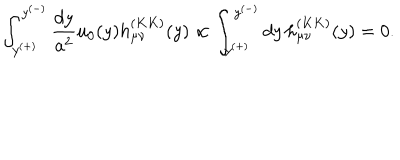
LaTeX: \int _ { y ^ { ( + ) } } ^ { y ^ { ( - ) } } { \frac { d y } { a ^ { 2 } } } u _ { 0 } ( y ) h _ { \mu \nu } ^ { ( K K ) } ( y ) \propto \int _ { y ^ { ( + ) } } ^ { y ^ { ( - ) } } d y \, h _ { \mu \nu } ^ { ( K K ) } ( y ) = 0 .